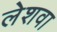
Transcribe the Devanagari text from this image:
लेशवा